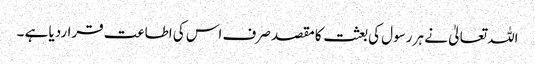
اللہ تعالیٰ نے ہر رسول کی بعثت کا مقصد صرف اس کی اطاعت قراردیا ہے ۔